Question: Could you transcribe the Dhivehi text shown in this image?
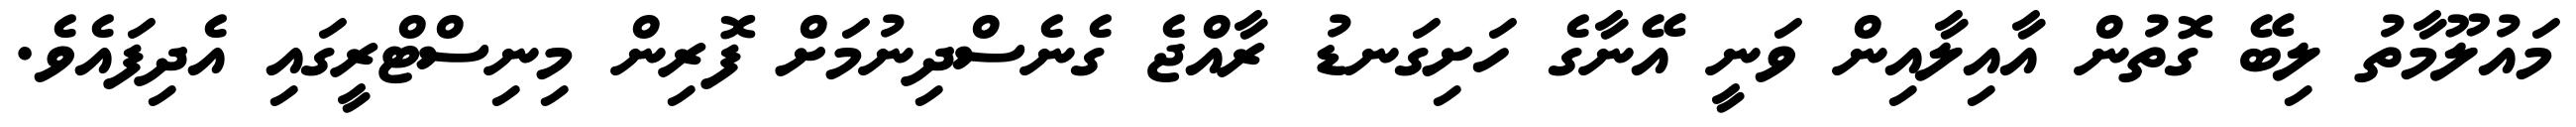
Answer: މައުލޫމާތު ލިބޭ ގޮތުން އާއިލާއިން ވަނީ އޭނާގެ ހަށިގަނޑު ރާއްޖެ ގެނެސްދިނުމަށް ފޮރިން މިނިސްޓްރީގައި އެދިފައެވެ.